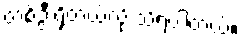
တစ်ဦးရှိတယ်လို့ သိရပါတယ်။